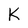
Character: K